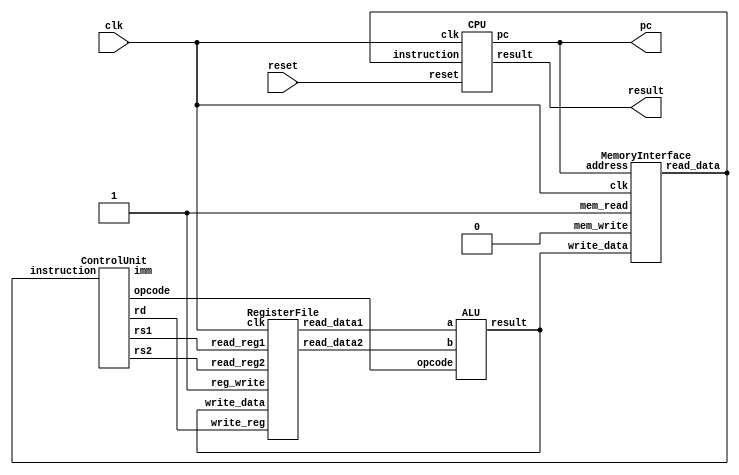
module TopLevelCPU (
    input clk,
    input reset,
    output [18:0] pc,
    output [18:0] result
);
    wire [18:0] instruction;
    wire [18:0] read_data1, read_data2;
    wire [18:0] alu_result;
    wire [3:0] opcode, rd, rs1, rs2;
    wire [18:0] imm;
    CPU cpu (
        .clk(clk),
        .reset(reset),
        .instruction(instruction),
        .pc(pc),
        .result(result)
    );
    RegisterFile reg_file (
        .clk(clk),
        .read_reg1(rs1),
        .read_reg2(rs2),
        .write_reg(rd),
        .write_data(alu_result),
        .reg_write(1'b1), 
        .read_data1(read_data1),
        .read_data2(read_data2)
    );
    ALU alu (
        .opcode(opcode),
        .a(read_data1),
        .b(read_data2),
        .result(alu_result)
    );
    MemoryInterface mem_if (
        .clk(clk),
        .address(pc),
        .write_data(alu_result),
        .mem_write(1'b0), 
        .mem_read(1'b1),
        .read_data(instruction)
    );
    ControlUnit control (
        .instruction(instruction),
        .opcode(opcode),
        .rd(rd),
        .rs1(rs1),
        .rs2(rs2),
        .imm(imm)
    );
endmodule
module CPU (
    input clk,
    input reset,
    input [18:0] instruction,
    output [18:0] pc,
    output [18:0] result
);
    reg [18:0] PC;
    reg [18:0] ALU_out;

    wire [3:0] opcode = instruction[18:15];
    wire [3:0] rd = instruction[14:11];
    wire [3:0] rs1 = instruction[10:7];
    wire [3:0] rs2 = instruction[6:3];
    wire [18:0] imm = instruction[18:0];

    always @(posedge clk or posedge reset) begin
        if (reset) begin
            PC <= 19'b0;
        end else begin
            case (opcode)
                4'b1111: PC <= imm; // JMP
                default: PC <= PC + 1;
            endcase
        end
    end

    always @(posedge clk) begin
        if (reset) begin
            ALU_out <= 19'b0;
        end else begin
            case (opcode)
                4'b0000: ALU_out <= ALU_out; // ADD
                4'b0001: ALU_out <= ALU_out; // SUB
                4'b0010: ALU_out <= ALU_out; // MUL
                4'b0011: ALU_out <= ALU_out; // DIV
                default: ALU_out <= ALU_out;
            endcase
        end
    end

    assign pc = PC;
    assign result = ALU_out;
endmodule

module ALU (
    input [3:0] opcode,
    input [18:0] a,
    input [18:0] b,
    output reg [18:0] result
);
    always @(*) begin
        case (opcode)
            4'b0000: result = a + b; // ADD
            4'b0001: result = a - b; // SUB
            4'b0010: result = a * b; // MUL
            4'b0011: result = a / b; // DIV
            4'b0100: result = a + 1; // INC
            4'b0101: result = a - 1; // DEC
            4'b0110: result = a & b; // AND
            4'b0111: result = a | b; // OR
            4'b1000: result = a ^ b; // XOR
            4'b1001: result = ~a;    // NOT
            default: result = 19'b0;
        endcase
    end
endmodule

module RegisterFile (
    input clk,
    input [3:0] read_reg1,
    input [3:0] read_reg2,
    input [3:0] write_reg,
    input [18:0] write_data,
    input reg_write,
    output [18:0] read_data1,
    output [18:0] read_data2
);
    reg [18:0] registers [15:0];

    always @(posedge clk) begin
        if (reg_write) begin
            registers[write_reg] <= write_data;
        end
    end

    assign read_data1 = registers[read_reg1];
    assign read_data2 = registers[read_reg2];
endmodule

module MemoryInterface (
    input clk,
    input [18:0] address,
    input [18:0] write_data,
    input mem_write,
    input mem_read,
    output [18:0] read_data
);
    reg [18:0] memory [0:524287]; // 2^19 

    always @(posedge clk) begin
        if (mem_write) begin
            memory[address] <= write_data;
        end
    end

    assign read_data = (mem_read) ? memory[address] : 19'b0;
endmodule

module ControlUnit (
    input [18:0] instruction,
    output reg [3:0] opcode,
    output reg [3:0] rd,
    output reg [3:0] rs1,
    output reg [3:0] rs2,
    output reg [18:0] imm
);
    always @(*) begin
        opcode = instruction[18:15];
        rd = instruction[14:11];
        rs1 = instruction[10:7];
        rs2 = instruction[6:3];
        imm = instruction;
    end
endmodule